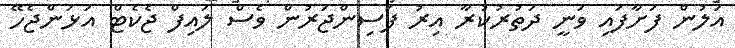
އަލުން ފަށާފައި ވަނީ ދަތުރުކުރާ އިރު ފަސިންޖަރުން ވެސް ލައިފް ޖެކެޓް އަޅަންޖެހޭ